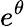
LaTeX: e^{\theta}